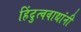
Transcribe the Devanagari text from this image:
हिंदुत्ववाद्यांनी